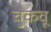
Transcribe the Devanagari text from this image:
चुकवू